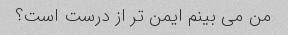
من می بینم ایمن تر از درست است؟